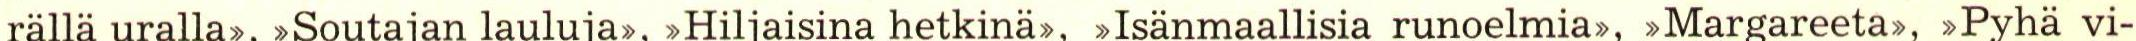
rällä uralla>, >Soutajan lauluja>, >Hiljaisina hetkinä>, >Isänmaallisia runoelmia>, >Margareeta>, >Pyhä vi-